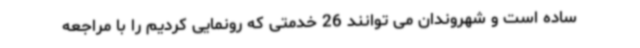
ساده است و شهروندان می توانند 26 خدمتی که رونمایی کردیم را با مراجعه